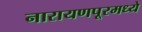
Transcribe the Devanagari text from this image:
नारायणपूरमध्ये